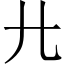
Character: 𢌬